system: You are a helpful assistant.
user:
Analyze the provided spectrum to determine if it is a **"Cataclysmic Variables (CV)"**.

- **Key Indicators for CV (Check for either state):**
    - **State 1: Quiescent / Low-State (Emission-Dominated)**
        - **(Primary):** Strong and *very broad* Hydrogen Balmer emission lines (e.g., $H\alpha$ at 6563 Å, $H\beta$ at 4861 Å). The 'broadness' (high velocity dispersion, often FWHM > 1000 km/s) is the key diagnostic, indicating a high-velocity accretion disk.
        - **(Secondary):** Broad neutral Helium (He I) emission lines (e.g., 5876 Å, 6678 Å).
        - **(Key Confirmation):** Presence of high-excitation *ionized* Helium (He II) emission at 4686 Å. This is a strong indicator of accretion onto a white dwarf.
        - **(Line Profile):** Emission lines may exhibit a 'double-peaked' profile, which is a classic signature of a rotating accretion disk viewed at high inclination.

    - **State 2: Outburst / High-State (Absorption-Dominated)**
        - **(Primary):** Spectrum is dominated by a bright, blue continuum (looks like a hot star).
        - **(Secondary):** The emission lines from State 1 are weak, absent, or 'filled in', and are replaced by broad, shallow *absorption* lines (primarily Balmer and He I).
        - **(Morphology):** The overall spectrum mimics a hot B/A-type star. The crucial difference is that the absorption lines are significantly broader, shallower, and more 'washed-out' (or 'smeared') than the sharp lines of a normal stellar photosphere, due to high rotational speeds and pressure broadening in the disk.

Think first, call **spectral_visualization_tool** if needed to examine features in detail, then provide your final answer. Your response must adhere to the following strict rules:
1.  **Overall Structure:** Your response must follow the format `<think>...</think> <tool_call>...</tool_call> (if a tool is used) <answer>...</answer>`.
2.  **Tool Usage Constraint:** You may only make **one** tool call per turn.
3.  **Final Answer Format:** In the `<answer>` tag, your conclusion must be inside a `\boxed{}` command (e.g., `\boxed{YES}`), followed by your justification.

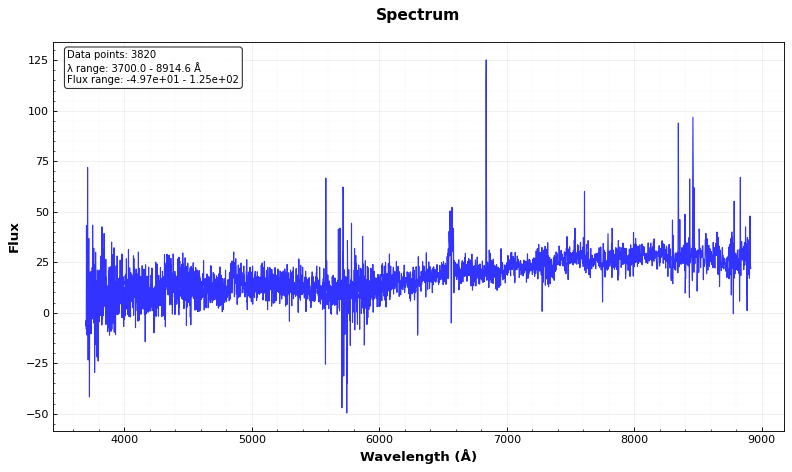
Answer: YES